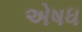
એષધ